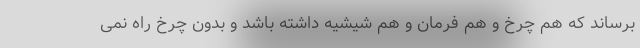
برساند که هم چرخ و هم فرمان و هم شیشیه داشته باشد و بدون چرخ راه نمی